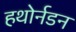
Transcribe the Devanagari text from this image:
हथोर्नडन